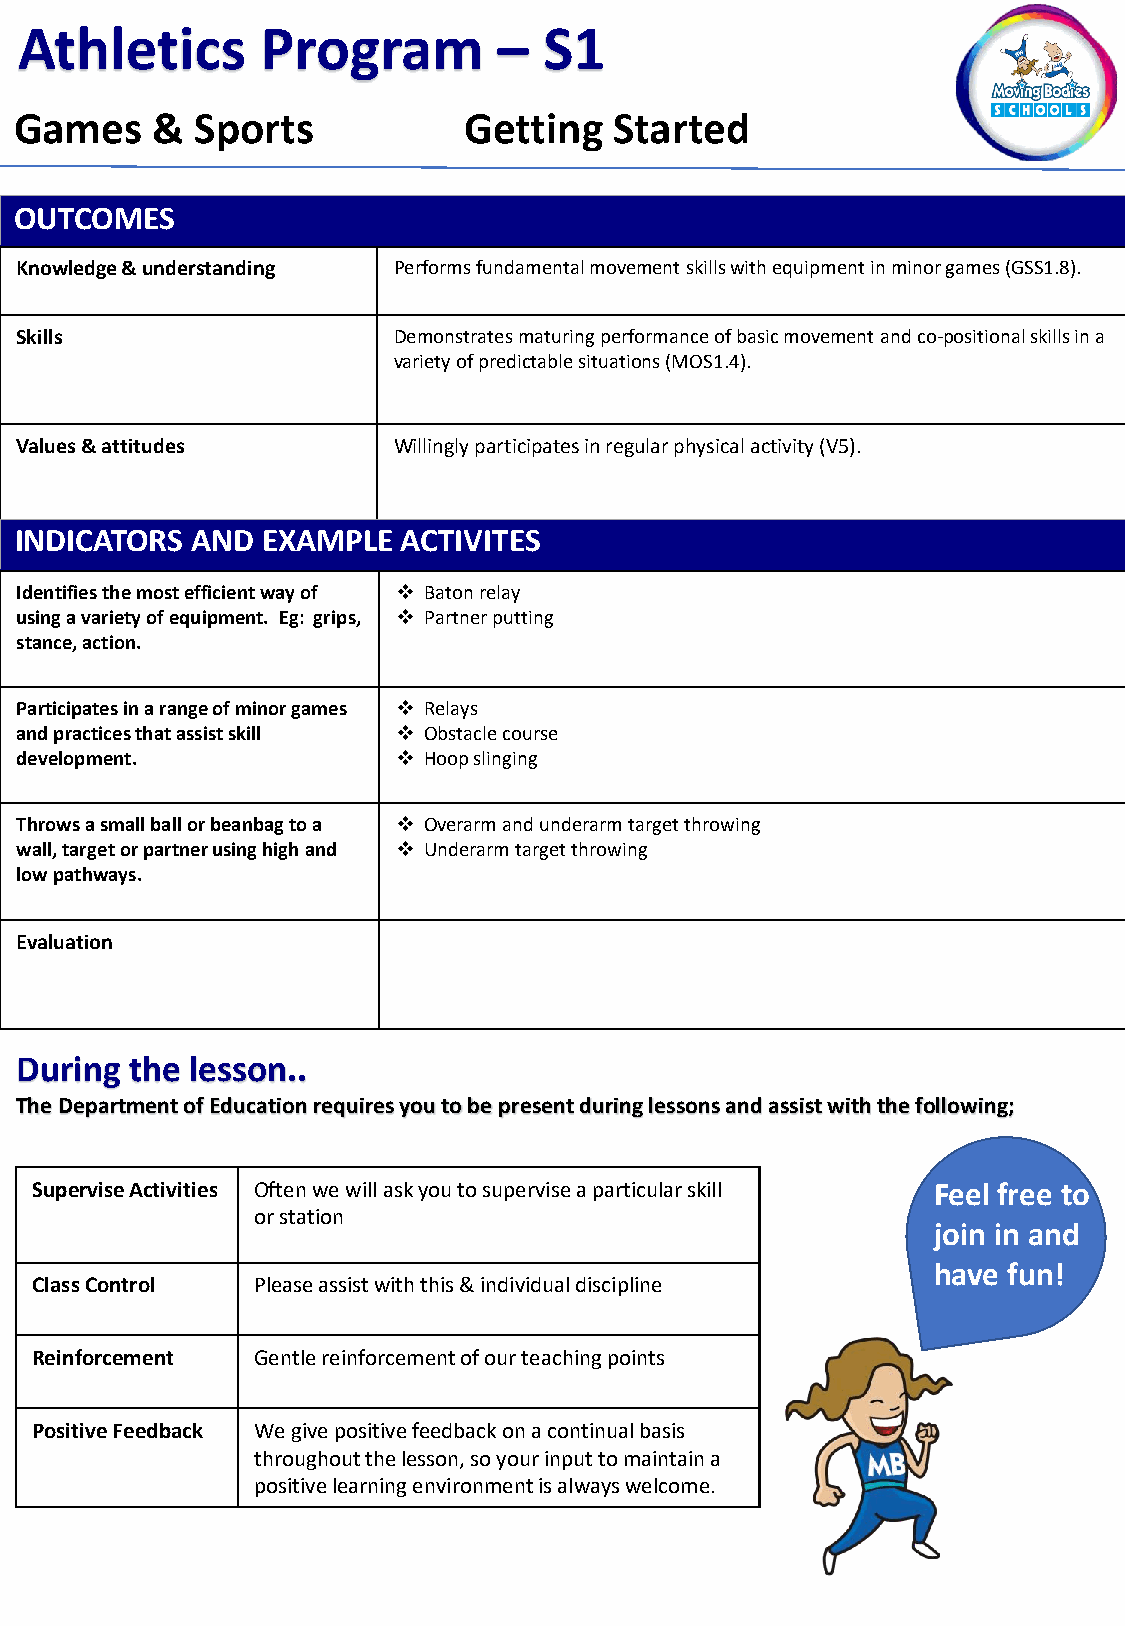
Athletics       Program         –  S1
 Games    &  Sports            Getting   Started
 OUTCOMES
 Knowledge & understanding Performs fundamental movement skills with equipment in minor games (GSS1.8).
 Skills                   Demonstrates maturing performance of basic movement and co-positional skills in a
 variety of predictable situations (MOS1.4).
 Values & attitudes       Willingly participates in regular physical activity (V5).
 INDICATORS  AND EXAMPLE   ACTIVITES
 Identifies the most efficient way of ❖ Baton relay
 using a variety of equipment. Eg: grips, ❖ Partner putting
 stance, action.
 Participates in a range of minor games ❖ Relays
 and practices that assist skill ❖ Obstacle course
 development.             ❖ Hoop slinging
 Throws a small ball or beanbag to a ❖ Overarm and underarm target throwing
 wall, target or partner using high and ❖ Underarm target throwing
 low pathways.
 Evaluation
 Balance
 During  the lesson..
 The Department of Education requires you to be present during lessons and assist with the following;
 Rotation
 Supervise Activities Often we will ask you to supervise a particular skill Feel free to
 or station
 Flight                        join in and
 have fun!
 Class Control  Please assist with this & individual discipline
 Reinforcement  Gentle reinforcement of our teaching points
 Positive Feedback We give positive feedback on a continual basis
 throughout the lesson, so your input to maintain a
 positive learning environment is always Iwnelvcoemres. ions